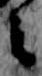
之